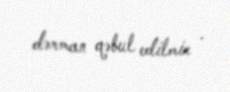
dərman qəbul edilmir .